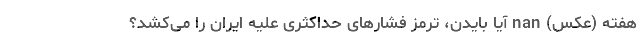
هفته (عکس) nan آیا بایدن، ترمز فشارهای حداکثری علیه ایران را می‌کشد؟